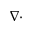
\nabla \cdot